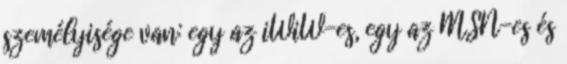
személyisége van: egy az iWiW-es, egy az MSN-es és